65_HS1-834228961_62-HQ-83894_Section_10
Agency: FBI
Page 17
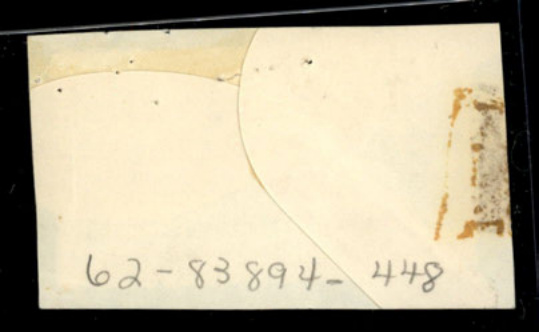